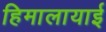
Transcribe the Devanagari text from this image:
हिमालायाई